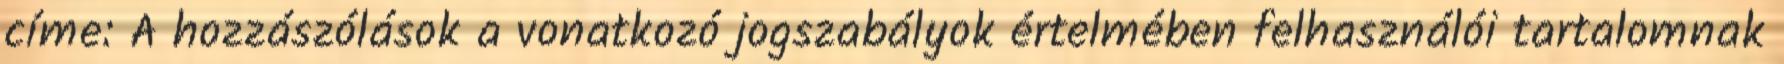
címe: A hozzászólások a vonatkozó jogszabályok értelmében felhasználói tartalomnak